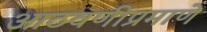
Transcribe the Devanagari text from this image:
आठवणीप्रमाणे